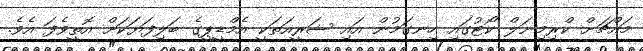
މައްޗަށް ކްރިމިނަލް ކޯޓުގައި ހިނގަމުން އައި ޝަރީއަތަކީ އެމްޑީޕީގެ ބަލިފަޔަކަށް އޮތީވެފަ އެވެ.